Subject: cs
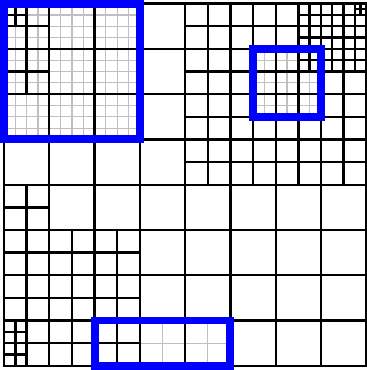
LaTeX code:
\begin{tikzpicture}[scale=4.6]
\draw[line width = 0.3mm, color = black]  (0,0) -- (1,0) -- (1,1) -- (0,1) -- cycle;
\foreach \i in {0,...,2}{
\draw[line width=0.15mm,color=gray!50] (1/4,\i/16) -- (5/8,\i/16);
\draw[line width=0.15mm,color=gray!50] (1/4+\i/16,0) -- (1/4+\i/16,1/8);
\draw[line width=0.15mm,color=gray!50] (3/8+\i/16,0) -- (3/8+\i/16,1/8);
\draw[line width=0.15mm,color=gray!50] (1/2+\i/16,0) -- (1/2+\i/16,1/8);
}
\foreach \i in {0,...,6}{
\draw[line width=0.15mm,color=gray!50] (11/16,\i/32+11/16) -- (14/16,\i/32+11/16);
\draw[line width=0.15mm,color=gray!50] (\i/32+11/16,11/16) -- (\i/32+11/16,14/16);
}
\foreach \i in {0,...,12}{
\draw[line width=0.15mm,color=gray!50] (0,\i/32+20/32) -- (3/8,\i/32+20/32);
\draw[line width=0.15mm,color=gray!50] (\i/32,5/8) -- (\i/32,1);
}
\foreach \i in {0,...,8}{
\draw[line width=0.3mm] (0,\i/8) -- (1,\i/8);
\draw[line width=0.3mm] (\i/8,0) -- (\i/8,1);
}
\foreach \i in {0,...,6}{
\draw[line width=0.3mm] (0,\i/16) -- (3/8,\i/16);
\draw[line width=0.3mm] (\i/16,0) -- (\i/16,3/8);
}
\foreach \i in {8,...,16}{
\draw[line width=0.3mm] (1/2,\i/16) -- (1,\i/16);
\draw[line width=0.3mm] (\i/16,1/2) -- (\i/16,1);
}
\foreach \i in {0,...,2}{
\draw[line width=0.3mm] (0,\i/16+14/16) -- (1/8,\i/16+14/16);
\draw[line width=0.3mm] (0,\i/16+12/16) -- (1/8,\i/16+12/16);
\draw[line width=0.3mm] (\i/16,3/4) -- (\i/16,1);
}
\foreach \i in {0,...,2}{
\draw[line width=0.3mm] (0,\i/16+6/16) -- (1/8,\i/16+6/16);
\draw[line width=0.3mm] (\i/16,3/8) -- (\i/16,4/8);
}
\foreach \i in {0,...,2}{
\draw[line width=0.3mm] (0,\i/32) -- (1/16,\i/32);
\draw[line width=0.3mm] (0,\i/32+2/32) -- (1/16,\i/32+2/32);
\draw[line width=0.3mm] (\i/32,0) -- (\i/32,2/16);
}
\foreach \i in {26,...,32}{
\draw[line width=0.3mm] (13/16,\i/32) -- (1,\i/32);
\draw[line width=0.3mm] (\i/32,13/16) -- (\i/32,1);
}
\foreach \i in {0,...,2}{
\draw[line width=0.3mm] (0,\i/32+30/32) -- (1/16,\i/32+30/32);
\draw[line width=0.3mm] (\i/32,15/16) -- (\i/32,1);
}
\foreach \i in {62,...,64}{
\draw[line width=0.3mm] (62/64,\i/64) -- (1,\i/64);
\draw[line width=0.3mm] (\i/64,62/64) -- (\i/64,1);
}
\draw[line width=1.0mm,color = blue] (5/8,0) -- (5/8,1/8) -- (2/8,1/8) -- (2/8,0) -- cycle;
\draw[line width=1.0mm,color = blue]  (5/8+1/16,5/8+1/16) -- (14/16,5/8+1/16) -- (14/16,14/16) -- (5/8+1/16,14/16)
-- cycle;
\draw[line width=1.0mm,color = blue]  (0,5/8) -- (3/8,5/8) -- (3/8,1) -- (0,1) -- cycle;
\end{tikzpicture}